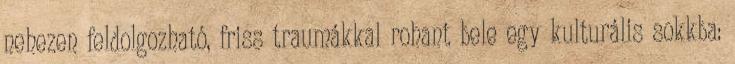
nehezen feldolgozható, friss traumákkal rohant bele egy kulturális sokkba: